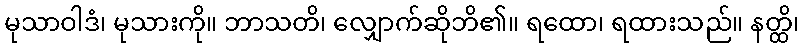
မုသာဝါဒံ၊ မုသားကို။ ဘာသတိ၊ လျှောက်ဆိုဘိ၏။ ရထော၊ ရထားသည်။ နတ္ထိ၊